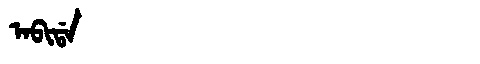
Manchu: ᠠᠪᡳᡩᠠ
Romanization: ABIDA